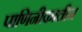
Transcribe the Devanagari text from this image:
पाणिनीकालीन